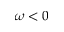
\omega < 0